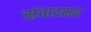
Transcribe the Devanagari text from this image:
संवादमय